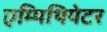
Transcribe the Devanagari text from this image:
एम्पिथियेटर